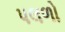
પલળો